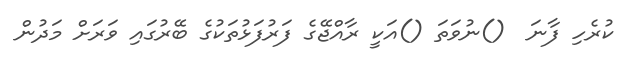
ކުރެހި ފާނަ  ()ނުވަތަ ()އަކީ ރާއްޖޭގެ ފަރުފަޅުތަކުގެ ބޭރުގައި ވަރަށް މަދުން